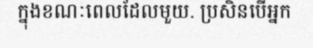
ក្នុងខណៈពេលដែលមួយ. ប្រសិនបើអ្នក